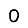
Digit: 0